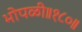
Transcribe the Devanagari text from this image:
भोपळी॥१८०॥